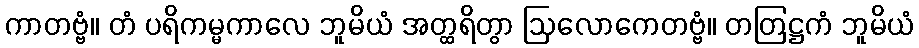
ကာတဗ္ဗံ။ တံ ပရိကမ္မကာလေ ဘူမိယံ အတ္ထရိတွာ ဩလောကေတဗ္ဗံ။ တတြဋ္ဌကံ ဘူမိယံ